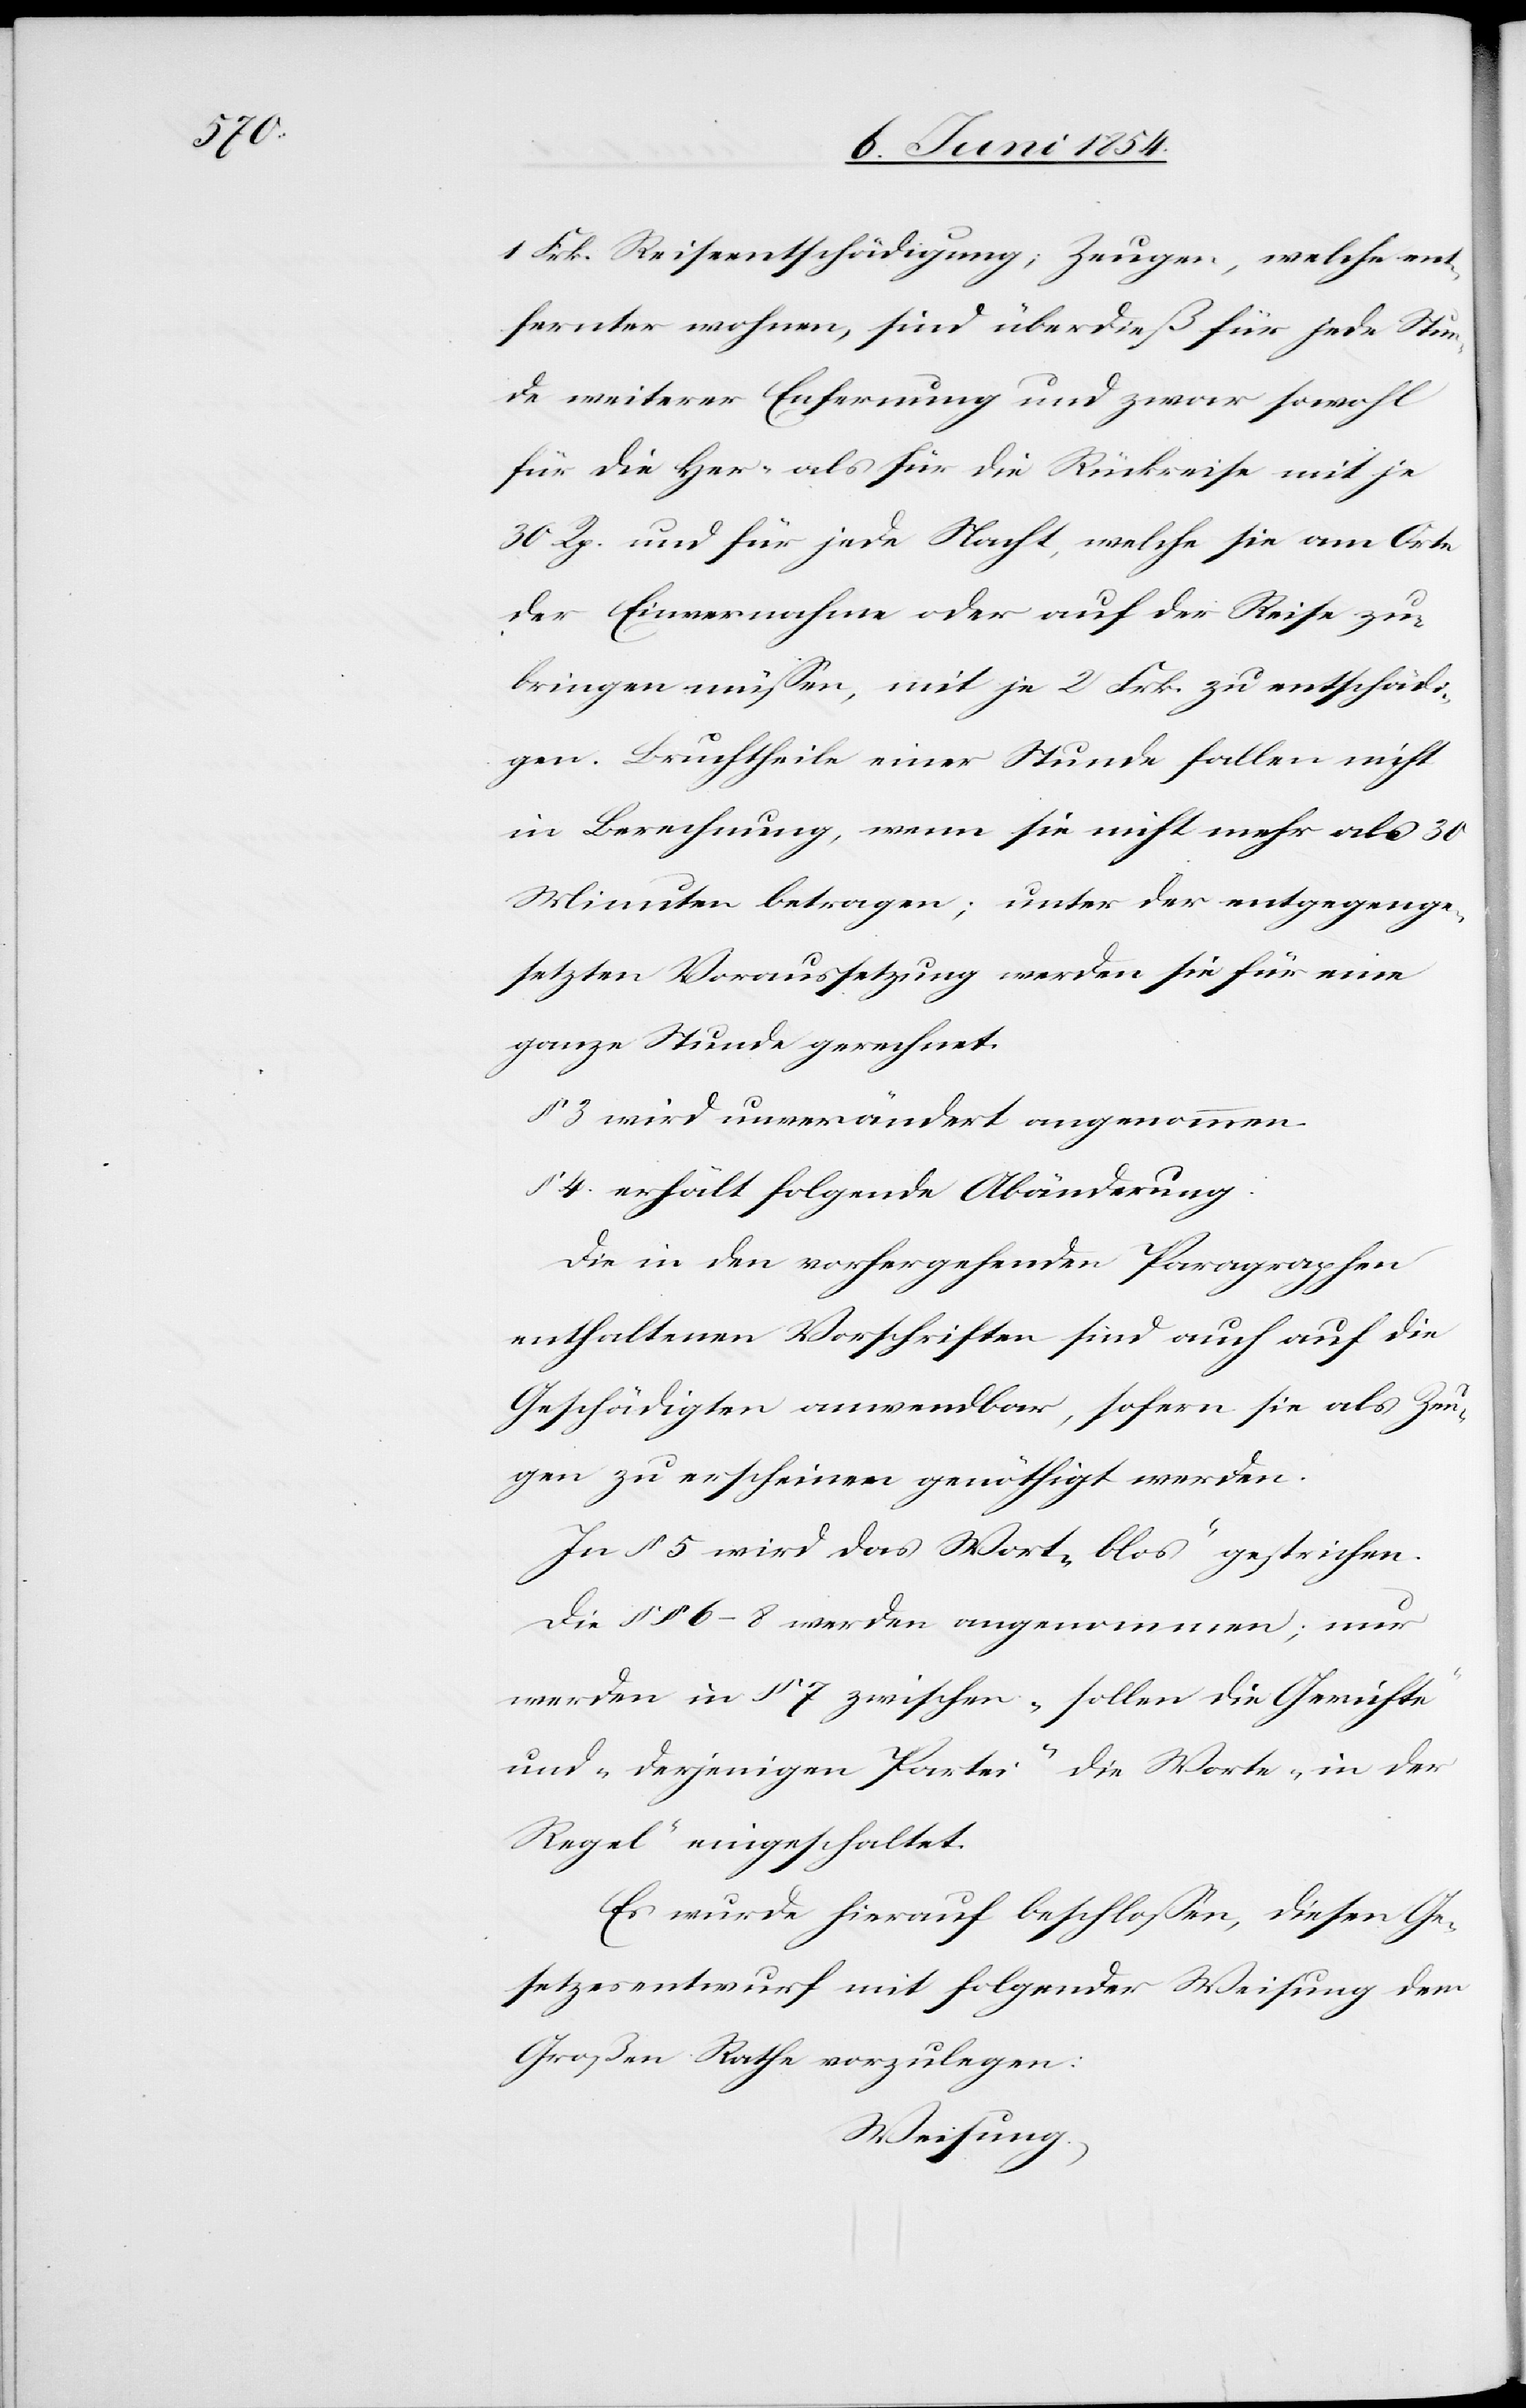
1 Frk. Reiseentschädigung; Zeugen, welche ent¬
fernter wohnen, sind überdieß für jede Stun¬
de weiterer Entfernung und zwar sowohl
für die Her- als für die Rückreise mit je
30 Rp. und für jede Nacht, welche sie am Orte
der Einvernahme oder auf der Reise ver¬
bringen müßen, mit je 2 Frk. zu entschädi¬
gen. Bruchtheile einer Stunde fallen nicht
in Berechnung, wenn sie nicht mehr als 30
Minuten betragen; unter der entgegenge¬
setzten Voraussetzung werden sie für eine
ganze Stunde gerechnet.
§ 3 wird unverändert angenommen.
§ 4. erhält folgende Abänderung:
Die in den vorhergehenden Paragraphen
enthaltenen Vorschriften sind auch auf die
Geschädigten anwendbar, sofern sie als Zeu¬
gen zu erscheinen genöthigt werden.
In § 5 wird das Wort „bloß“ gestrichen.
Die § § 6–8 werden angenommen; nur
werden in § 7 zwischen „sollen die Gerichte“
und „derjenigen Partei“ die Worte „in der
Regel“ eingeschaltet
Es wurde hierauf beschloßen, diesen Ge¬
setzesentwurf mit folgender Weisung dem
Großen Rathe vorzulegen:
Weisung.